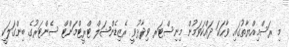
މި ރަސްމިއްޔާތުގައި ވާހަކަ ދައްކަވަމުން މިނިސްޓަރ ވިދާޅުވީ ރެޒިޑެންޝަލް ޓްރީޓްމަންޓް ސެންޓަރުގެ ބިންގަލަކީ